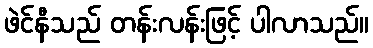
ဖဲင်နီသည် တန်းလန်းဖြင့် ပါလာသည်။